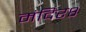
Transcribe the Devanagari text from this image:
मंदिर८